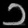
Digit: ၁